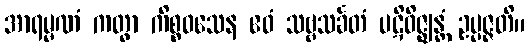
အာရမ္မဏံ ကတွာ ကိစ္စဝသေန ဧဝံ သဗ္ဗသင်္ခတံ ပဋိဝိဇ္ဈန္တံ ဥပ္ပဇ္ဇတိ။